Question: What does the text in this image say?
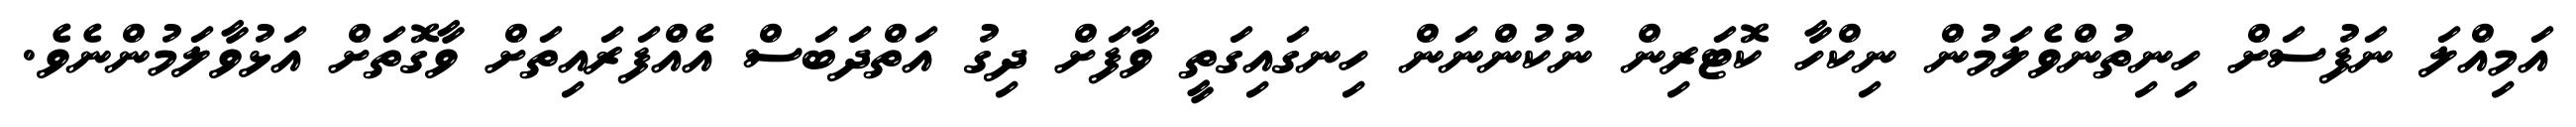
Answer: އަމިއްލަ ނަފުސަށް ހިނިތުންވެލަމުން ނިކްހާ ކޮޓަރިން ނުކުންނަން ހިނގައިގަތީ ވާފަށް ދިގު އަތްދަބަސް އެއްފަރައިތަށް ވާގޮތަށް އަޅުވާލަމުންނެވެ.